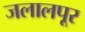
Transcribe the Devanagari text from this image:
जलालपूर